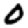
Digit: 0